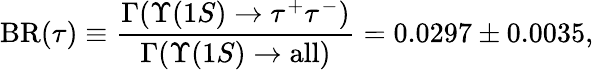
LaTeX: \mathrm{BR}(\tau)\equiv\frac{\Gamma(\Upsilon(1S)\to\tau^{+}\tau^{-})}{\Gamma(\Upsilon(1S)\to\mathrm{all})}=0.0297\pm 0.0035,